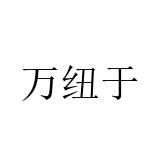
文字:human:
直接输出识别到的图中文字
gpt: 万纽于